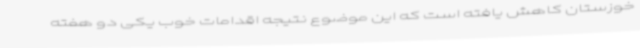
خوزستان کاهش یافته است که این موضوع نتیجه اقدامات خوب یکی دو هفته